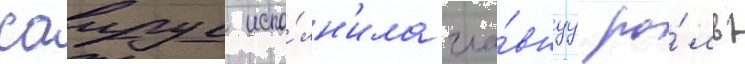
саирус испо́лн'ила гла́внуу ро́ль